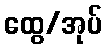
ထွေ/အုပ်